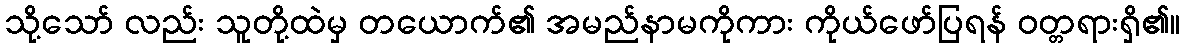
သို့သော် လည်း သူတို့ထဲမှ တယောက်၏ အမည်နာမကိုကား ကိုယ်ဖော်ပြရန် ဝတ္တရားရှိ၏။